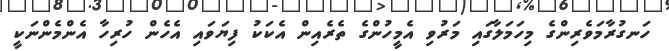
ހަނގުރާމަވެރިންގެ މިހަމަލާގައި މަރުވި އެމީހުންގެ ތެރެއިން އެކަކު ފިޔަވައި އެހެން ހުރިހާ އެންމެންނަކީ